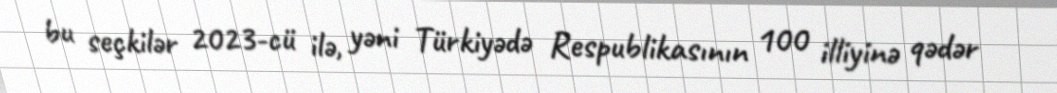
bu seçkilər 2023-cü ilə, yəni Türkiyədə Respublikasının 100 illiyinə qədər